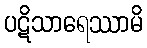
ပဋိသာရေဿာမိ